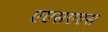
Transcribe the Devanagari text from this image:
एएसएएस